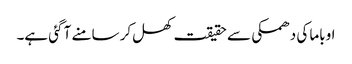
اوباما کی دھمکی سے حقیقت کھل کر سامنے آ گئی ہے۔